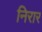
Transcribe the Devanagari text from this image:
निरार